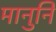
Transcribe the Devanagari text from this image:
मानुनि